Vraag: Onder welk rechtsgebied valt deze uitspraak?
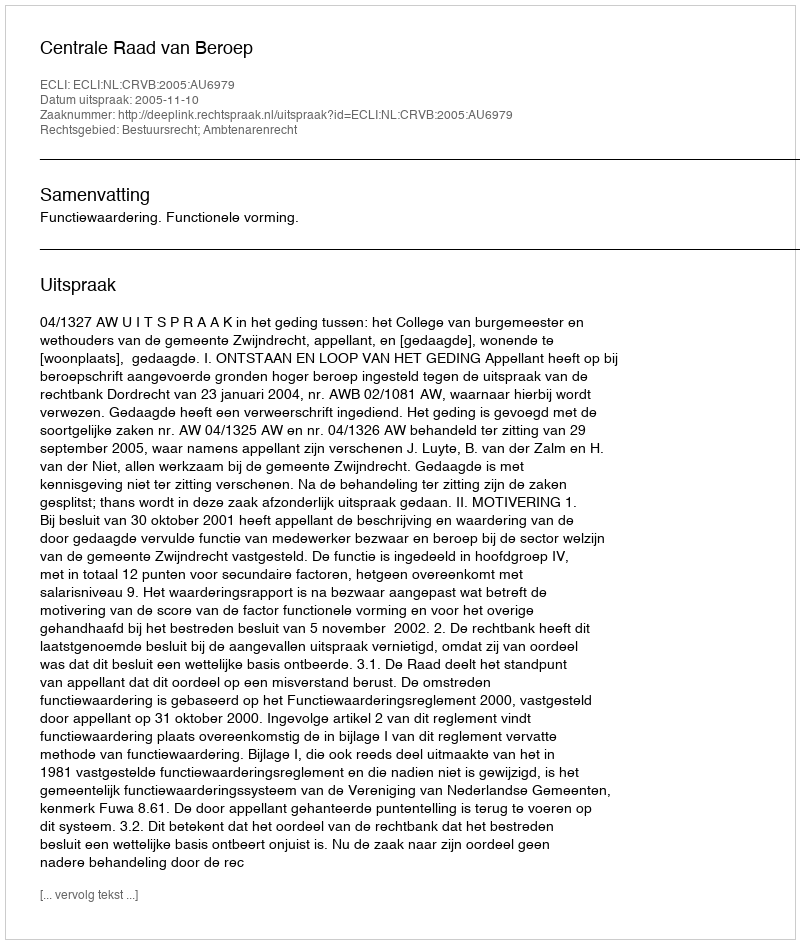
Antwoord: Bestuursrecht; Ambtenarenrecht